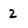
Character: 2